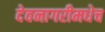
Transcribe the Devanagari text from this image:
देवनागरीमधेच